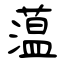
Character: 蕰